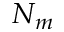
N _ { m }